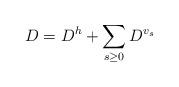
LaTeX: \begin{align*} D=D^h+\sum_{s\geq 0}D^{v_s}\end{align*}